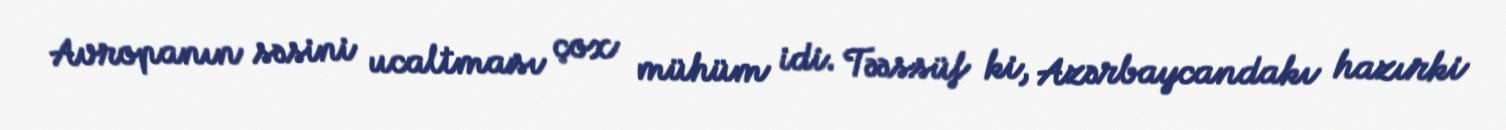
Avropanın səsini ucaltması çox mühüm idi. Təəssüf ki, Azərbaycandakı hazırki